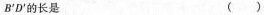
B'D'的长是( )